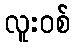
လူးဝစ်